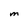
Character: M